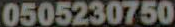
0505230750